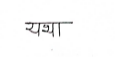
मजकूर: यथा